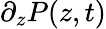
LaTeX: \partial_{z}P(z,t)